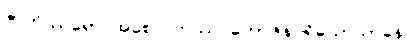
ဇာတိဿရော အစေလကဿ ဘောဇနပရိယောသာနေ